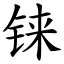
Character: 铼